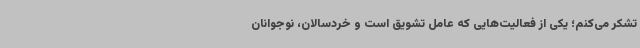
تشکر می‌کنم؛ یکی از فعالیت‌هایی که عامل تشویق است و خردسالان، نوجوانان